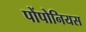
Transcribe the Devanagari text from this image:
पोंपोनियस